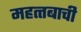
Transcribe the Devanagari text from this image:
महत्त्बाची